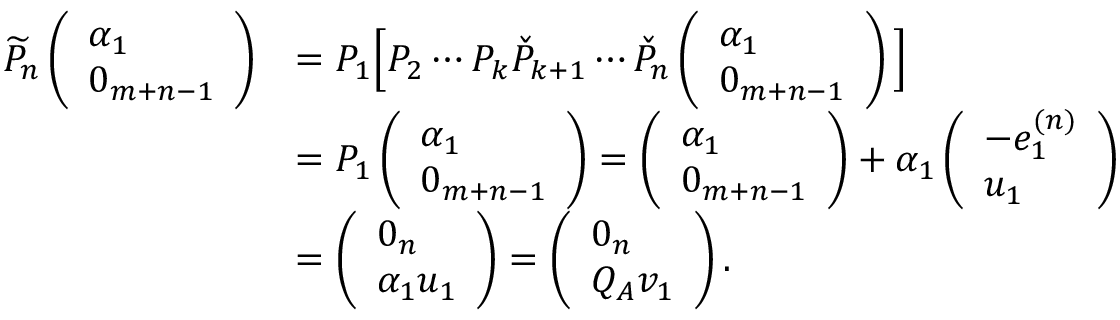
\begin{array} { r l } { \widetilde { P } _ { n } \left( \begin{array} { l } { \alpha _ { 1 } } \\ { 0 _ { m + n - 1 } } \end{array} \right) } & { = P _ { 1 } \Big [ P _ { 2 } \cdots P _ { k } \check { P } _ { k + 1 } \cdots \check { P } _ { n } \left( \begin{array} { l } { \alpha _ { 1 } } \\ { 0 _ { m + n - 1 } } \end{array} \right) \Big ] } \\ & { = P _ { 1 } \left( \begin{array} { l } { \alpha _ { 1 } } \\ { 0 _ { m + n - 1 } } \end{array} \right) = \left( \begin{array} { l } { \alpha _ { 1 } } \\ { 0 _ { m + n - 1 } } \end{array} \right) + \alpha _ { 1 } \left( \begin{array} { l } { - e _ { 1 } ^ { ( n ) } } \\ { u _ { 1 } } \end{array} \right) } \\ & { = \left( \begin{array} { l } { 0 _ { n } } \\ { \alpha _ { 1 } u _ { 1 } } \end{array} \right) = \left( \begin{array} { l } { 0 _ { n } } \\ { Q _ { A } v _ { 1 } } \end{array} \right) . } \end{array}